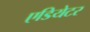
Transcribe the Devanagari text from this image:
एडियेटर